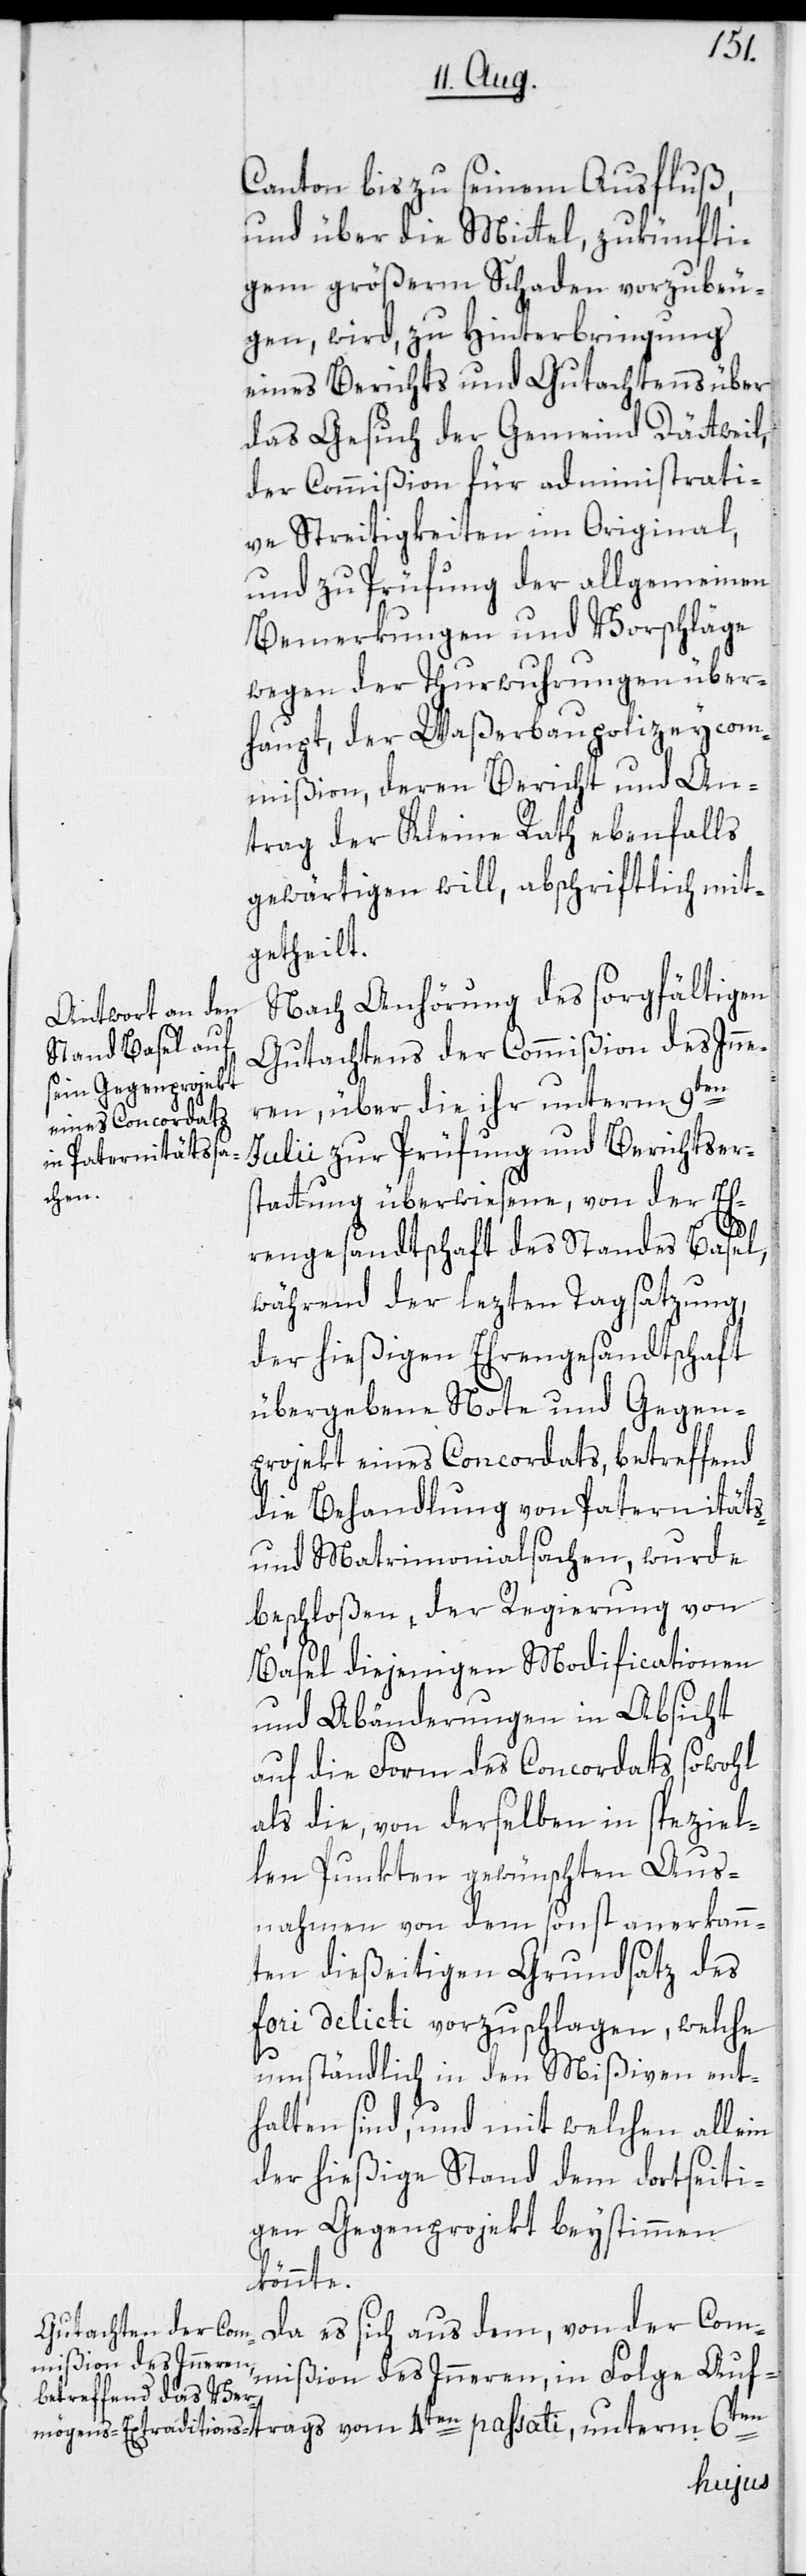
Canton bis zu seinem Ausfluß,
und über die Mittel, zukünfti¬
gem größerm Schaden vorzubeu¬
gen, wird, zu Hinterbringung
eines Berichts und Gutachtens über
das Gesuch der Gemeind Dättweil,
der Commißion für administrati¬
ve Streitigkeiten im Original,
und zu Prüfung der allgemeinen
Bemerkungen und Vorschläge
wegen der Thurwuhrungen über¬
haupt, der Waßerbaupolizeycom¬
mißion, deren Bericht und An¬
trag der Kleine Rath ebenfalls
gewärtigen will, abschriftlich mit¬
getheilt.
Nach Anhörung des sorgfältigen
Gutachtens der Commißion des Inne¬
ren, über die ihr unterm 9ten
Julii zur Prüfung und Berichtser¬
stattung überwiesene, von der Eh¬
rengesandtschaft des Standes Basel,
während der lezten Tagsatzung,
der hießigen Ehrengesandtschaft
übergebene Note und Gegen¬
projekt eines Concordats, betreffend
die Behandlung von Paternitäts-
und Matrimonialsachen, wurde
beschloßen, der Regierung von
Basel diejenigen Modificationen
und Abänderungen in Absicht
auf die Form des Concordats sowohl
als die, von derselben in speziel¬
len Punkten gewünschten Aus¬
nahmen von dem sonst anerkann¬
ten dießeitigen Grundsatz des
fori delicti vorzuschlagen, welche
umständlich in den Mißiven ent¬
halten sind, und mit welchen allein
der hießige Stand dem dortseiti¬
gen Gegenprojekt beystimmen
könnte.
Da es sich aus dem, von der Com¬
mißion des Inneren, in Folge Auf¬
trags